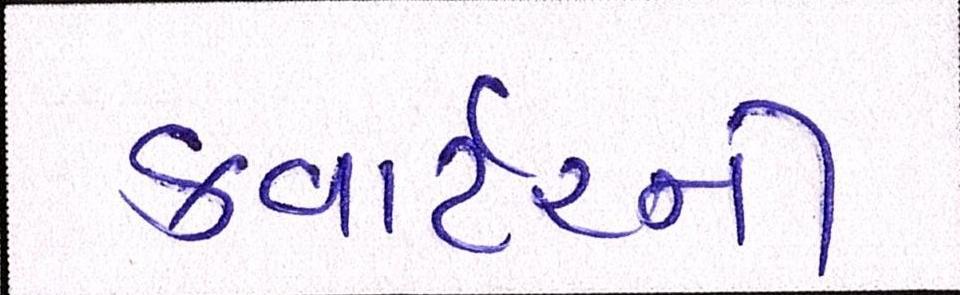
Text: ક્વાર્ટરની